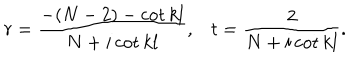
r = { \frac { - ( N - 2 ) - \mathrm { c o t } \, k l } { N + i \, \mathrm { c o t } \, k l } } , t = { \frac { 2 } { N + i \, \mathrm { c o t } \, k l } } .